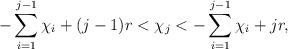
\begin{align*}- \sum\limits_{i=1}^{j-1} \chi_i +(j-1)r < \chi_j < - \sum\limits_{i=1}^{j-1} \chi_i + jr,\end{align*}